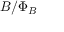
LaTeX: B / \Phi _ { B }